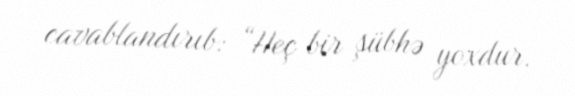
cavablandırıb: “Heç bir şübhə yoxdur.